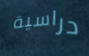
دراسية